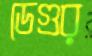
ডেগুর